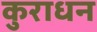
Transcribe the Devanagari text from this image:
कुराधन